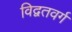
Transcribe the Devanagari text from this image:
विद्वतवर्ग